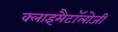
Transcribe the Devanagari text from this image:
क्लाइमैटॉलोजी